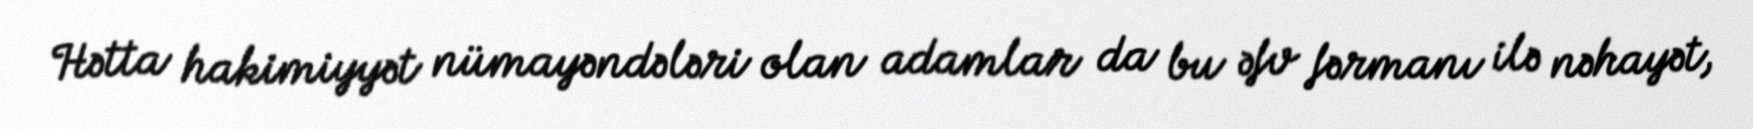
Hətta hakimiyyət nümayəndələri olan adamlar da bu əfv fərmanı ilə nəhayət,